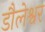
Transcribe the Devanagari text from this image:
डौलेश्वर